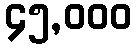
၄၅,၀၀၀